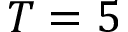
T = 5